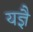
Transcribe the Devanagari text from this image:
यज्ञै